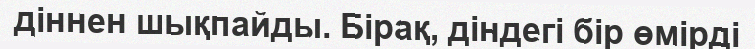
діннен шықпайды. Бірақ, діндегі бір өмірді